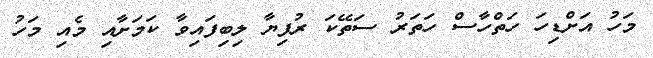
މަހު އަށްޑިހަ ހަތްހާސް ހަތަރު ސަތޭކަ ރުފިޔާ ލިބިފައިވާ ކަމަށާއި މެއި މަހު